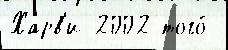
Харв'и 2002 того́